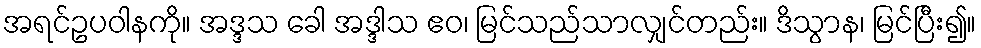
အရင်ဥပဝါနကို။ အဒ္ဒသ ခေါ အဒ္ဒါသ ဧဝ၊ မြင်သည်သာလျှင်တည်း။ ဒိသွာန၊ မြင်ပြီး၍။